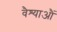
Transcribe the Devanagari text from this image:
वैश्याऔं